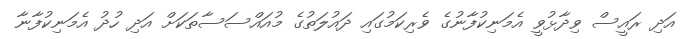
އަދި ރައީސް ވިދާޅުވީ އެމަނިކުފާނުގެ ވެރިކަމުގައި ދައުލަތުގެ މުއައްސަސާތަކަށް އަދި ހުދު އެމަނިކުފާނާ